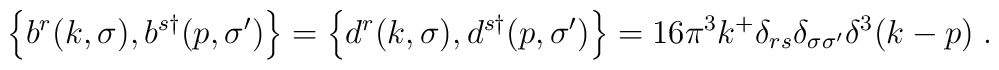
\Bigl\{b^r(k,\sigma),b^{s\dagger}(p,\sigma')\Bigr\}=\Bigl\{d^r(k,\sigma),d^{s\dagger}(p,\sigma')\Bigr\}= 16\pi^3 k^+ \delta_{rs} \delta_{\sigma \sigma'} \delta^3(k-p) \;.